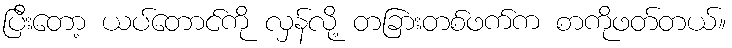
ပြီးတော့ ယပ်တောင်ကို လှန်လို့ တခြားတစ်ဖက်က စာကိုဖတ်တယ်။